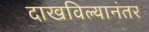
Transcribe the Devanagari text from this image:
दाखविल्यानंतर